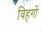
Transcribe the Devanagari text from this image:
विहगों